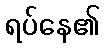
ရပ်နေ၏